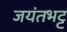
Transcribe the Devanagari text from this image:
जयंतभट्ट